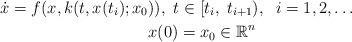
LaTeX: \begin{align*} \dot{x}=f(x,k(t,x(t_{i} );x_{0}& )),\,\, t\in [t_{i} ,\; t_{i+1} ),\; \,\, i=1,2,\ldots \\ &x(0)=x_{0} \in {\mathbb R}^{ n} \end{align*}